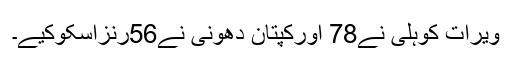
ویرات کوہلی نے78 اورکپتان دھونی نے56رنزاسکوکیے۔